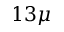
1 3 \mu